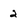
Character: 2